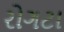
રોગટા